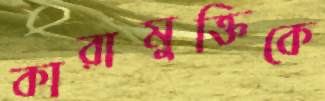
কারামুক্তিকে